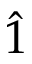
\hat { 1 }